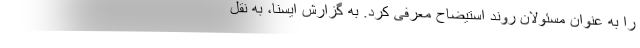
را به عنوان مسئولان روند استیضاح معرفی کرد. به گزارش ایسنا، به نقل